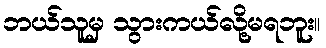
ဘယ်သူမှ သွားကယ်လို့မရဘူး။